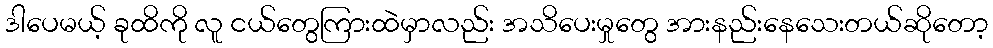
ဒါပေမယ့် ခုထိကို လူ ငယ်တွေကြားထဲမှာလည်း အသိပေးမှုတွေ အားနည်းနေသေးတယ်ဆိုတော့